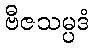
ဗီဇသမ္ပဒံ